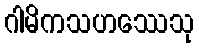
ဂါမိကသဟဿေသု